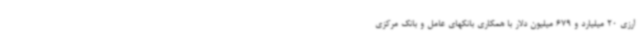
ارزی 20 میلیارد و 679 میلیون دلار با همکاری بانکهای عامل و بانک مرکزی